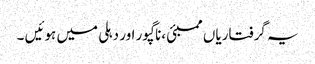
یہ گرفتاریاں ممبئی ،ناگپور اور دہلی میں ہوئیں ۔